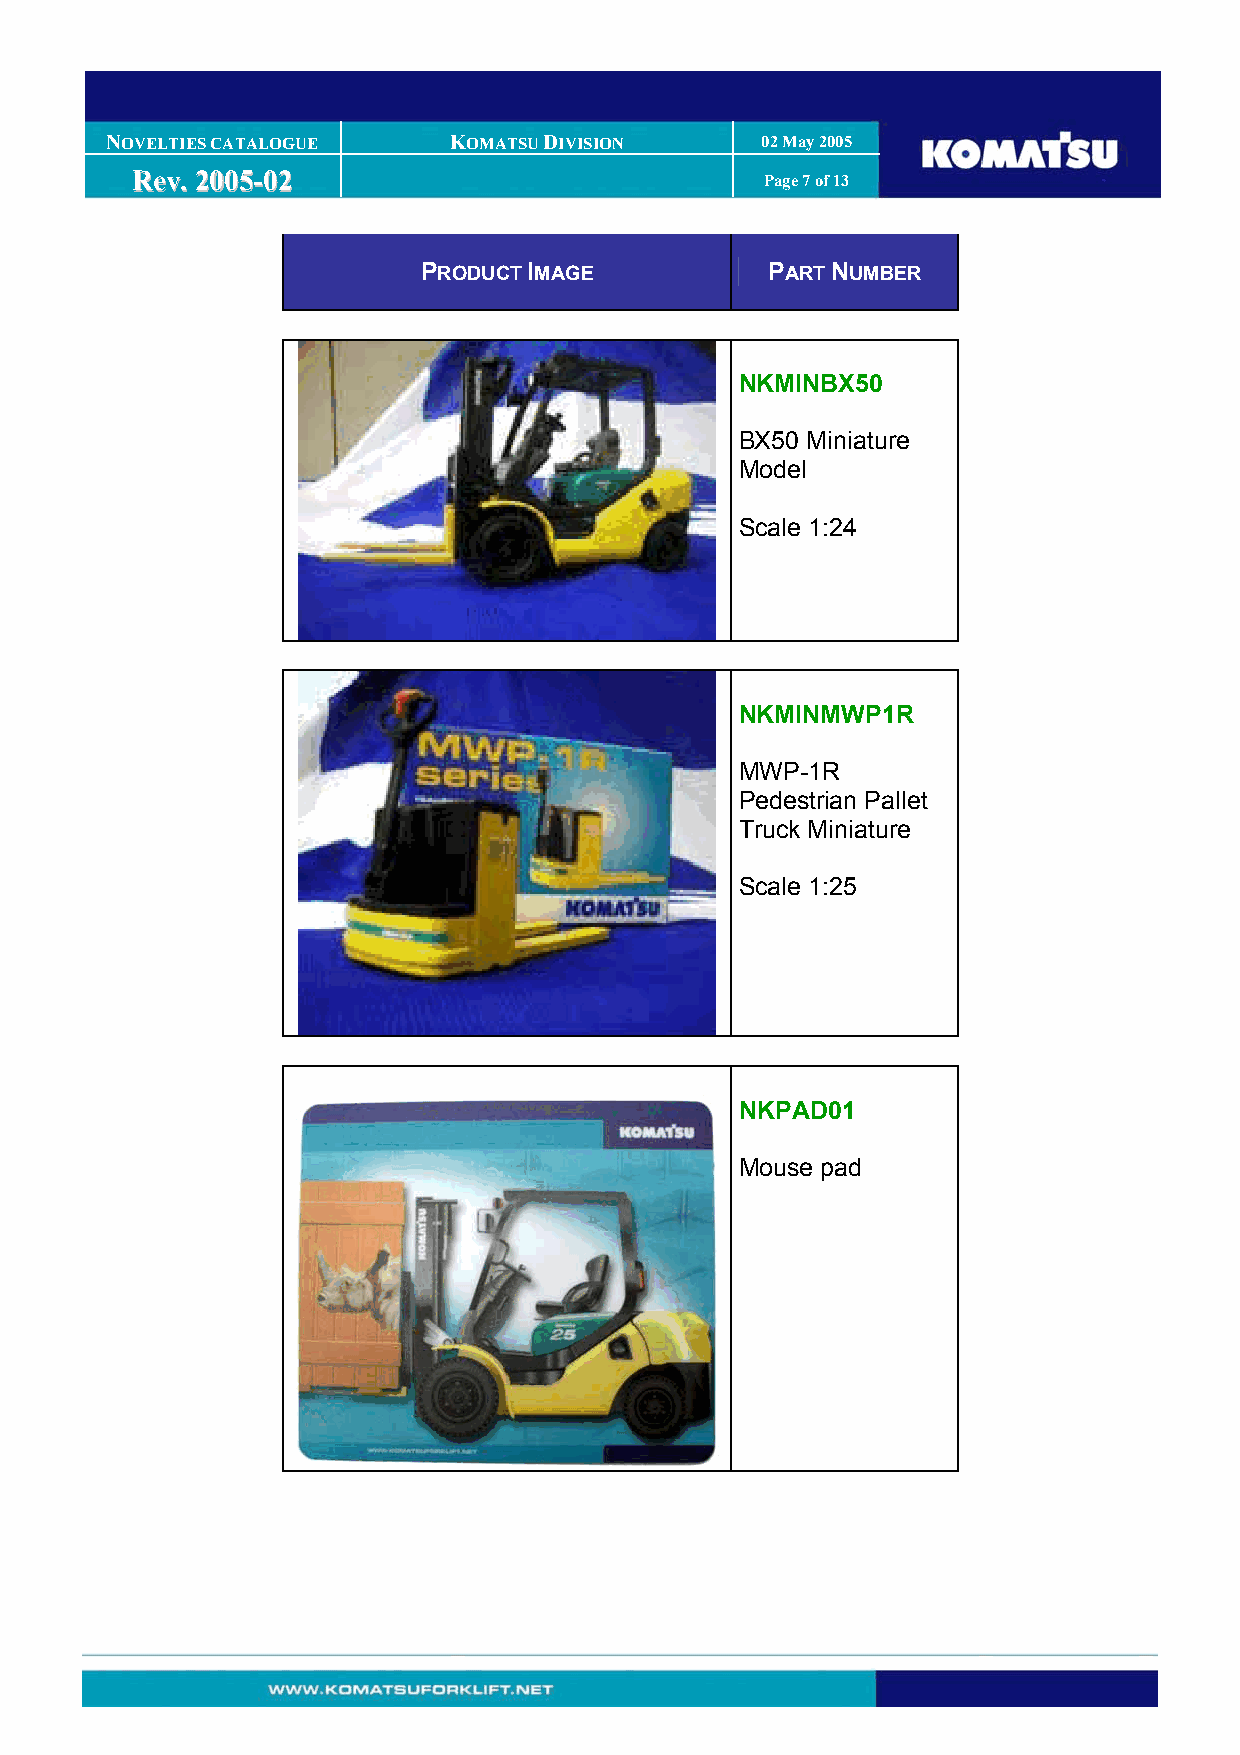
NOVELTIES CATALOGUE    KOMATSU DIVISION    02 May 2005
 RReevv.. 22000055--0022                   Page 7 of 13
 PRODUCT IMAGE          PART NUMBER
 NKMINBX50
 BX50 Miniature
 Model
 Scale 1:24
 NKMINMWP1R
 MWP-1R
 Pedestrian Pallet
 Truck Miniature
 Scale 1:25
 NKPAD01
 Mouse pad